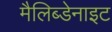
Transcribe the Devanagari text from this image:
मैलिब्डेनाइट